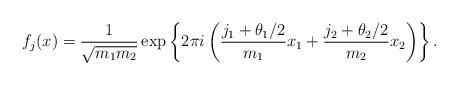
LaTeX: \begin{align*}f_j(x) = \frac{1}{ \sqrt{m_1 m_2} } \exp \left\{ 2 \pi i \left( \frac{ j_1 + \theta_1 /2}{ m_1 } x_1 + \frac{ j_2 + \theta_2/2}{ m_2} x_2 \right) \right\}. \end{align*}